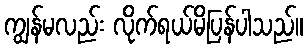
ကျွန်မလည်း လိုက်ရယ်မိပြန်ပါသည်။